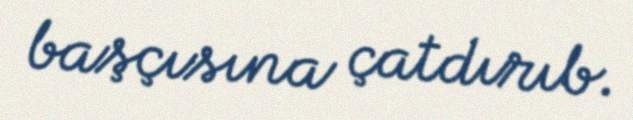
başçısına çatdırıb.